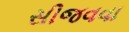
સીજવવા